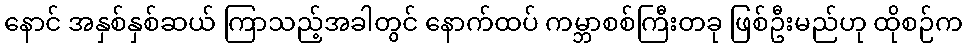
နောင် အနှစ်နှစ်ဆယ် ကြာသည့်အခါတွင် နောက်ထပ် ကမ္ဘာစစ်ကြီးတခု ဖြစ်ဦးမည်ဟု ထိုစဉ်က